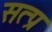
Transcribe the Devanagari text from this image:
सत्प्र